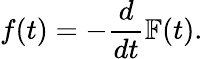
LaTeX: f(t)=-\frac{d}{dt}\mathbb{F}(t).